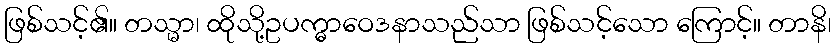
ဖြစ်သင့်၏။ တသ္မာ၊ ထိုသို့ဥပက္ဓာဝေဒနာသည်သာ ဖြစ်သင့်သော ကြောင့်။ တာနိ၊